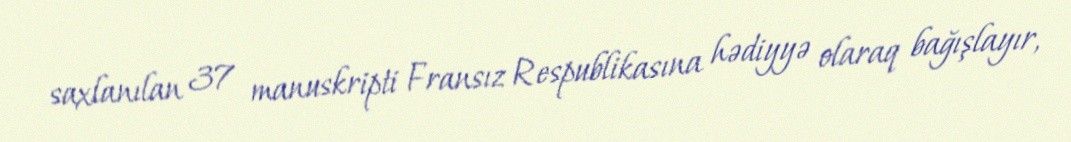
saxlanılan 37 manuskripti Fransız Respublikasına hədiyyə olaraq bağışlayır,